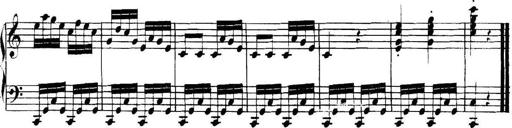
Title: Collected Piano Sonatas
Composer: Muzio Clementi